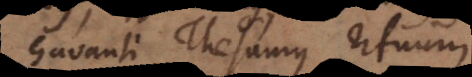
Gavanti Thesaurus rituum.